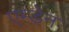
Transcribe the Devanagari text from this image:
एम्डेन